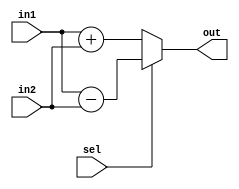
`timescale 1ns / 1ps
//////////////////////////////////////////////////////////////////////////////////
// Company: 
// Engineer: 
// 
// Design Name: 
// Module Name: addsub
// Project Name: 
// Target Devices: 
// Tool Versions: 
// Description: 
// 
// Dependencies: 
// 
// Revision:
// Revision 0.01 - File Created
// Additional Comments:
// 
//////////////////////////////////////////////////////////////////////////////////


module addsub(output reg [15:0] out, input [15:0] in1,in2, input sel);
always @(*)
begin
    if(sel) out <= in1-in2;
    else    out <= in1+in2;
end
endmodule